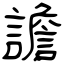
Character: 譫